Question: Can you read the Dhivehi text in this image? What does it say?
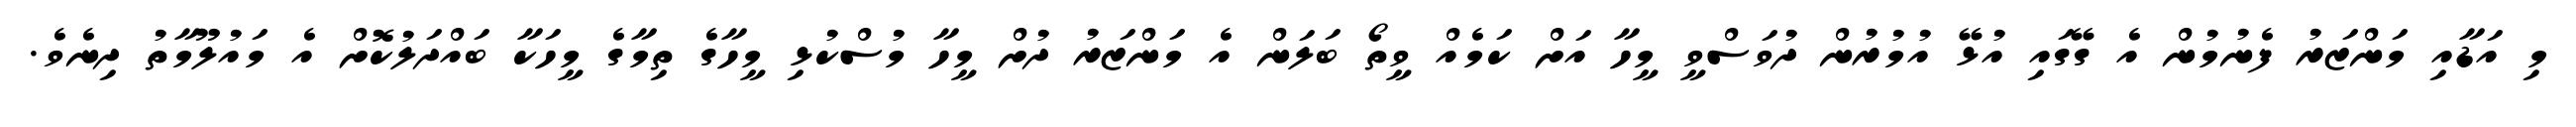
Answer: މި އަޑާއި މަންޒަރު ފެނުމުން އެ ގޭގައި އުޅޭ އުމުރުން ދުވަސްވީ މީހާ އަށް ކަމެއް ވީތޯ ބަލަން އެ މަންޒަރު ދުށް މީހާ މުސްކުޅި މީހާގެ ތިމާގެ މީހަކާ ބައްދަލުކޮށް އެ މައުލޫމާތު ދިނެވެ.